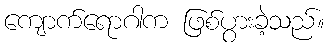
ကျောက်ရောဂါက ဖြစ်ပွားခဲ့သည်။